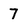
Character: 7